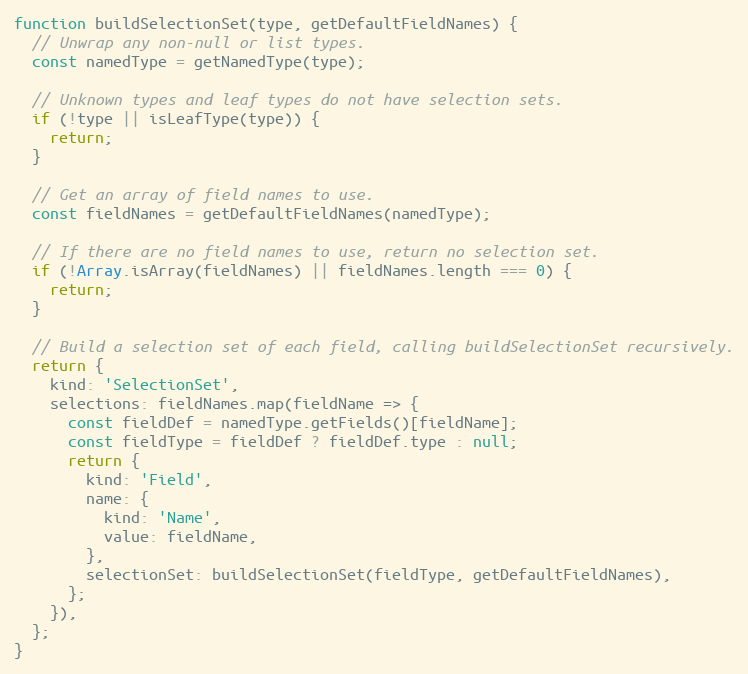
Language: JavaScript
function buildSelectionSet(type, getDefaultFieldNames) {
  // Unwrap any non-null or list types.
  const namedType = getNamedType(type);

  // Unknown types and leaf types do not have selection sets.
  if (!type || isLeafType(type)) {
    return;
  }

  // Get an array of field names to use.
  const fieldNames = getDefaultFieldNames(namedType);

  // If there are no field names to use, return no selection set.
  if (!Array.isArray(fieldNames) || fieldNames.length === 0) {
    return;
  }

  // Build a selection set of each field, calling buildSelectionSet recursively.
  return {
    kind: 'SelectionSet',
    selections: fieldNames.map(fieldName => {
      const fieldDef = namedType.getFields()[fieldName];
      const fieldType = fieldDef ? fieldDef.type : null;
      return {
        kind: 'Field',
        name: {
          kind: 'Name',
          value: fieldName,
        },
        selectionSet: buildSelectionSet(fieldType, getDefaultFieldNames),
      };
    }),
  };
}